Vaccine operations Central Provinces & Berar 1922-1929 - 1922-1929
Year: 1922
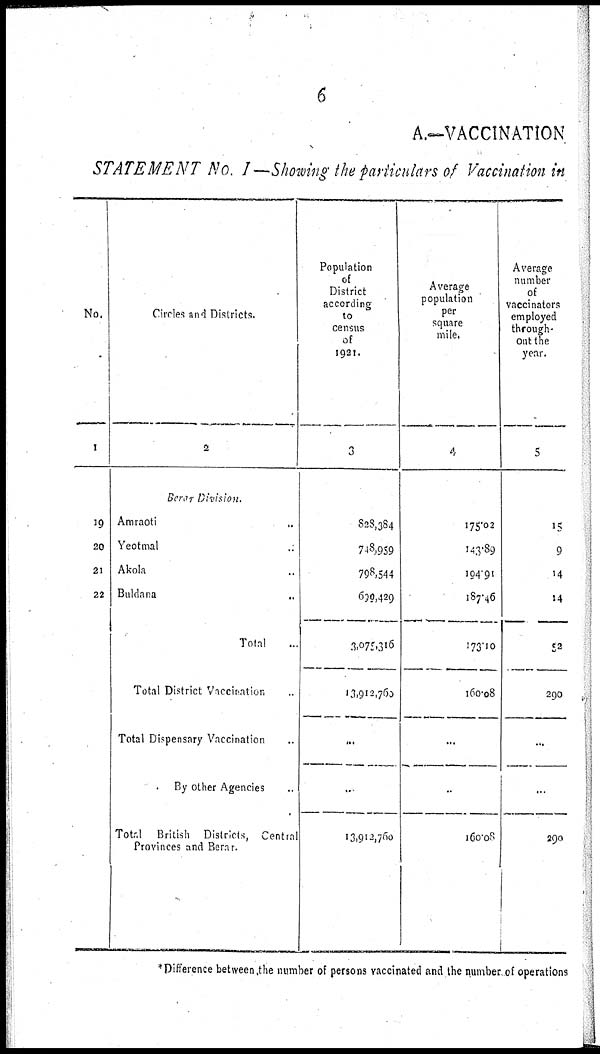
6
A.—VACCINATION
STATEMENT No. I —Showing the particulars of Vaccination in
No.
1
19
20
21
22
Circles and Districts.
2
Berar Division.
Amraoti ...
Yeotmal ...
Akola ...
Buldana
...
Total ...
Total District Vaccination ...
Total Dispensary Vaccination ...
By other Agencies ...
Total British Districts, Central
Provinces and Berar.
Population
of
District
according
to
census
of
1921.
3
828,384
748,959
798,544
690,429
3,075,316
13,912,760
...
...
13,912,760
Average
population
per
square
mile.
4
175.02
143.89
194.91
187.46
173.10
160.08
...
...
160.08
Average
number
of
vaccinators
employed
through-
out the
year.
5
15
9
14
14
52
290
...
...
290
* Difference between the number of persons vaccinated and the number of operations